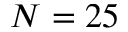
N = 2 5